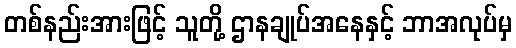
တစ်နည်းအားဖြင့် သူတို့ ဌာနချုပ်အနေနှင့် ဘာအလုပ်မှ